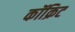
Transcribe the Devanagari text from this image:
कॉक्रिट